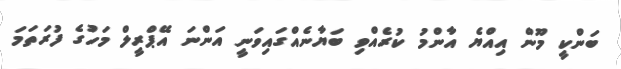
ބަންކީ މޫން އިއްޔެ އާންމު ކުރެއްވި ބަޔާނެއްގައިވަނީ އަންނަ އޭޕްރީލް މަހުގެ ފުރަތަމަ